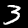
Label: 3